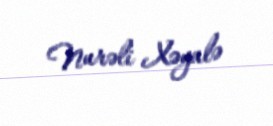
Nurəli Xəyalə